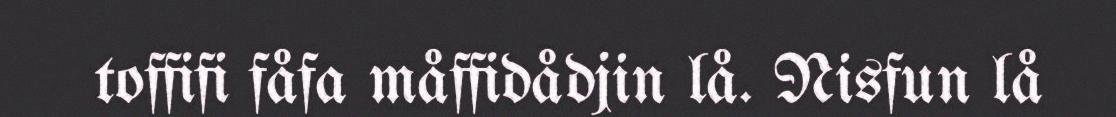
toffifi fåfa måffidådjin lå. Nisfun lå